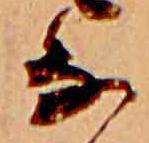
な